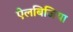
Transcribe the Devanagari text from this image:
ऐलबिजिया